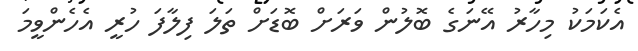
އެކަމަކު މިހާރު އޭނަގެ ބޮލުން ވަރަށް ބޮޑަށް ތަލަ ފިލާފަ ހުރީ އެހެންވީމަ